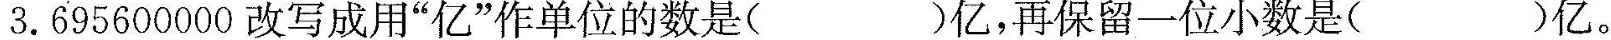
3.695600000改写成用”亿”作单位的数是()亿，再保留一位小数是()亿。